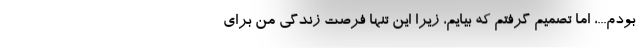
بودم...، اما تصمیم گرفتم که بیایم، زیرا این تنها فرصت زندگی من برای